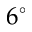
6 ^ { \circ }